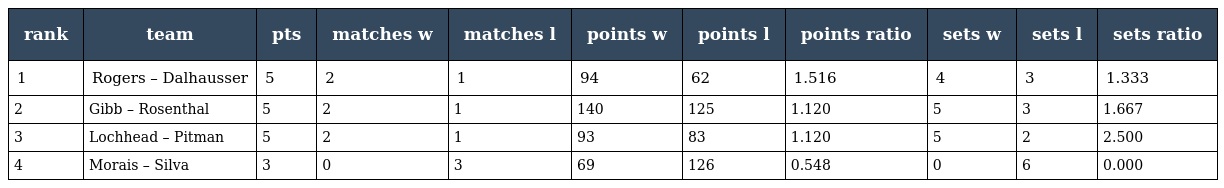
| rank | team | pts | matches w | matches l | points w | points l | points ratio | sets w | sets l | sets ratio |
 | --- | --- | --- | --- | --- | --- | --- | --- | --- | --- | --- |
 | 1 | Rogers – Dalhausser | 5 | 2 | 1 | 94 | 62 | 1.516 | 4 | 3 | 1.333 |
 | 2 | Gibb – Rosenthal | 5 | 2 | 1 | 140 | 125 | 1.120 | 5 | 3 | 1.667 |
 | 3 | Lochhead – Pitman | 5 | 2 | 1 | 93 | 83 | 1.120 | 5 | 2 | 2.500 |
 | 4 | Morais – Silva | 3 | 0 | 3 | 69 | 126 | 0.548 | 0 | 6 | 0.000 |